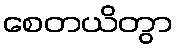
စေတယိတွာ